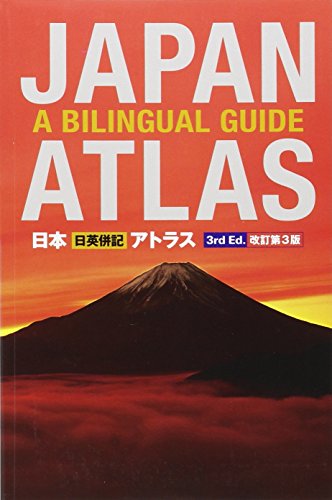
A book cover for Japan Atlas: A Bilingual Guide: 3rd Edition; Atsushi Umeda; Reference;